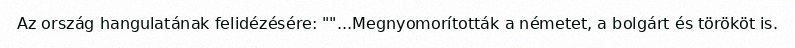
Az ország hangulatának felidézésére: ""...Megnyomorították a németet, a bolgárt és törököt is.